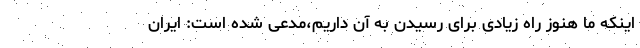
اینکه ما هنوز راه زیادی برای رسیدن به آن داریم،مدعی شده است: ایران